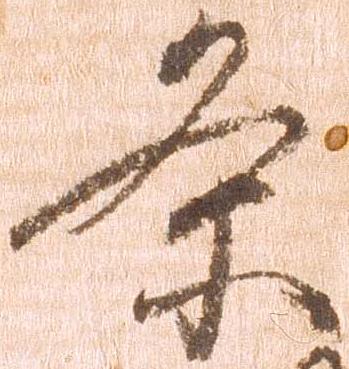
条